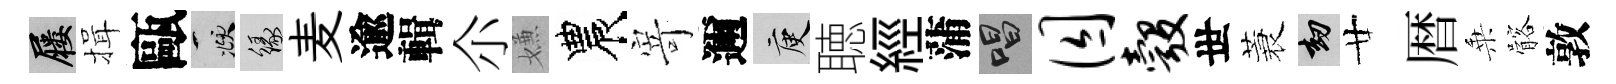
屨揖甌頫緣麦逾輯尒嫌農𭔃邇庾聴經蒲唱囚彀世蓑劫廿暦乗髂敦